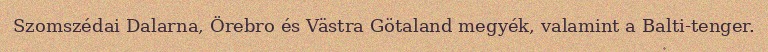
Szomszédai Dalarna, Örebro és Västra Götaland megyék, valamint a Balti-tenger.